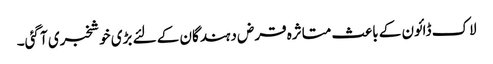
لاک ڈائون کے باعث متاثرہ قرض دہندگان کے لئے بڑی خوشخبری آ گئی۔